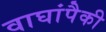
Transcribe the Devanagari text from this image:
वाघांपैकी